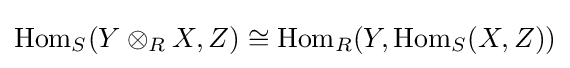
\operatorname {Hom} _{S}(Y\otimes _{R}X,Z)\cong \operatorname {Hom} _{R}(Y,\operatorname {Hom} _{S}(X,Z))